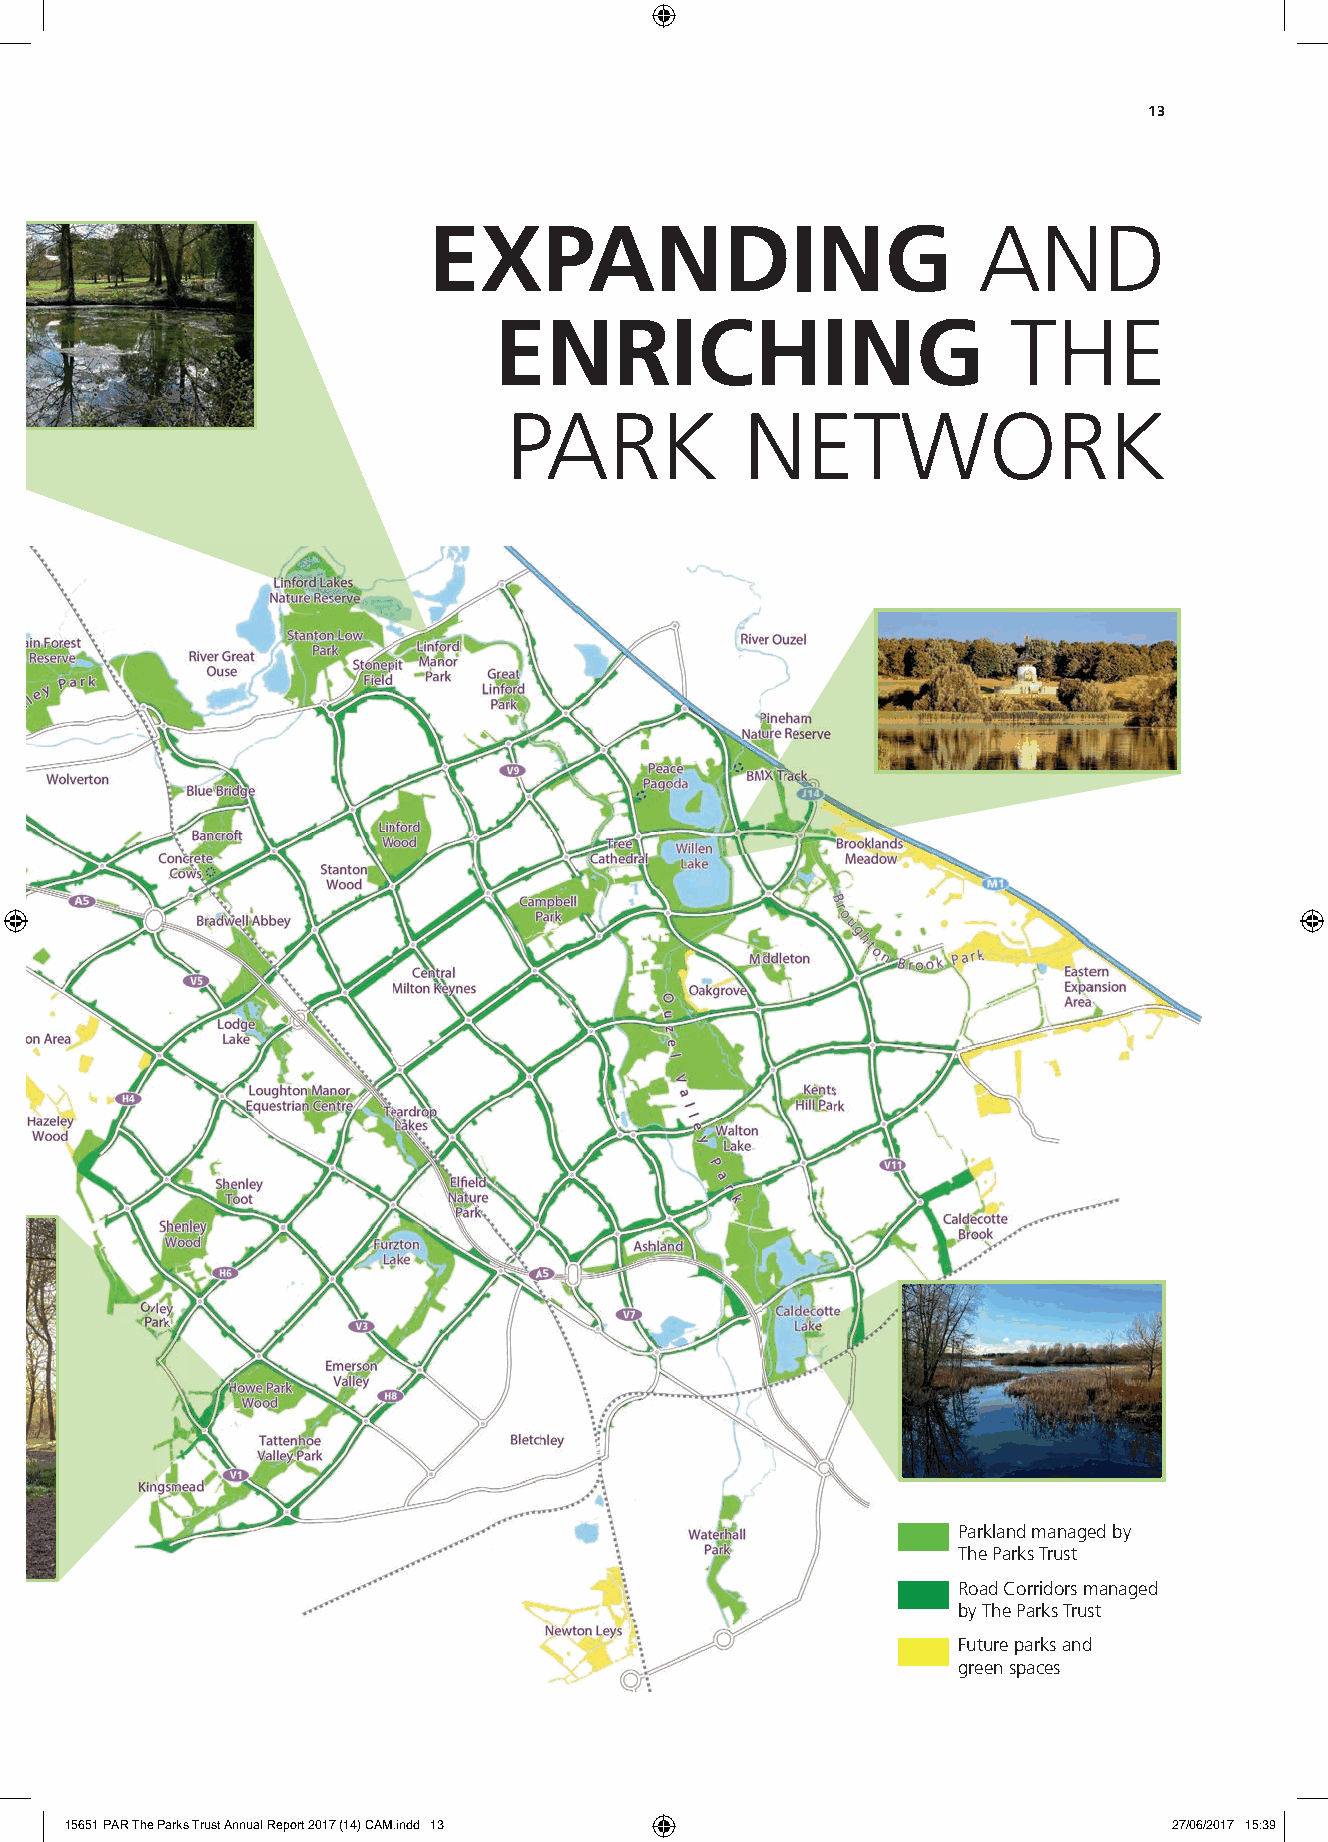
13
 EXPANDING                            AND
 ENRICHING                         THE
 PARK           NETWORK
 Parkland managed by
 The Parks Trust
 Road Corridors managed
 by The Parks Trust
 Future parks and
 green spaces
 15651 PAR The Parks Trust Annual Report 2017 (14) CAM.indd 13             27/06/2017 15:39